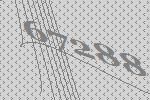
67288